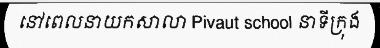
នៅពេលនាយកសាលា Pivaut school នាទីក្រុង